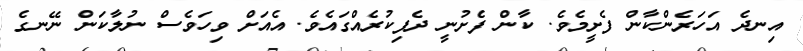
އިނދެ އަހަރެންކާން ފެށީމެވެ. ކާން ފެށުނީ ދެފިކުރެއްގައެވެ. އެއަށް ވިހަވެސް ނުލާކަން ނޭނގެ